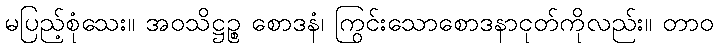
မပြည့်စုံသေး။ အဝသိဋ္ဌဉ္စ စောဒနံ၊ ကြွင်းသောစောဒနာငုတ်ကိုလည်း။ တာဝ